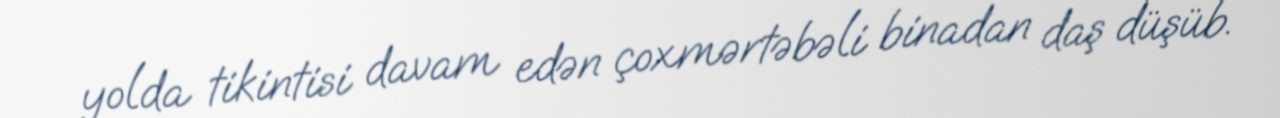
yolda tikintisi davam edən çoxmərtəbəli binadan daş düşüb.